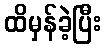
ထိမှန်ခဲ့ပြီး